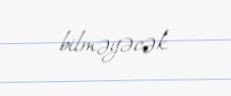
bilməyəcək.